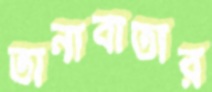
তানাবাতার